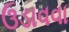
ઉડાવવા